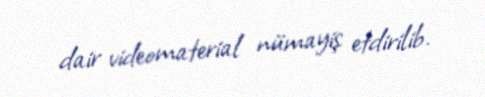
dair videomaterial nümayiş etdirilib.